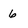
Character: 6